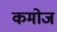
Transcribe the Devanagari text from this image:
कमोज